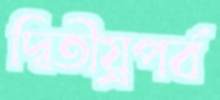
দ্বিতীয়্রপর্ব